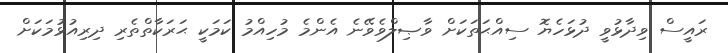
ރައީސް ވިދާޅުވީ ދުޅަހެޔޮ ސިއްޙަތަކަށް ވާޞިލްވެވޭނެ އެންމެ މުހިއްމު ކަމަކީ ޙަރަކާތްތެރި ދިރިއުޅުމަކަށް